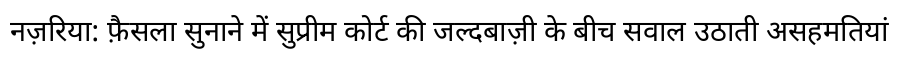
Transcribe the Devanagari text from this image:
नज़रिया: फ़ैसला सुनाने में सुप्रीम कोर्ट की जल्दबाज़ी के बीच सवाल उठाती असहमतियां